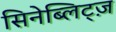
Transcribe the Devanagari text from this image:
सिनेब्लिट्ज़